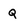
Character: Q